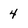
Character: 4